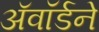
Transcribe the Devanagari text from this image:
अॅवॉर्डने